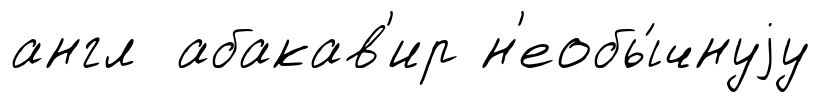
англ абакав'ир н'еобы́чнуjу